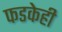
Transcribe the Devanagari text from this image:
फडकेही